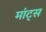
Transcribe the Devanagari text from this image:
मांट्स